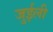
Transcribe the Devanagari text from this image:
जुईली